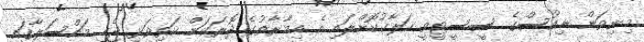
މިނިވަން ނިއުސްގެ ސީސީޓީވީ ހަލާކުކޮށްލައި އެ އިމާރާތުގެ ދޮރަކަށް ކަތިވަޅި ޖެހި މައްސަލާގައި